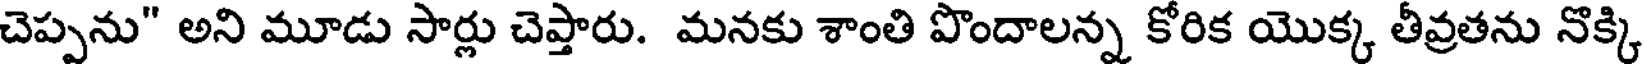
చెప్పను" అని మూడు సార్లు చెప్తారు. మనకు శాంతి పొందాలన్న కోరిక యొక్క తీవ్రతను నొక్కి